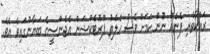
ރައްކާތެރި ފެނެއް ނޫން ކަމަށް ވެސް ހެލްތު ޕްރޮޓެކްޝަން އެޖެންސީގެ ބަޔާނުގައިވެ އެވެ.